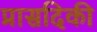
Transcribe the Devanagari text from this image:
प्रासदिकी